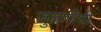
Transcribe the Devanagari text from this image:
जुळणीची